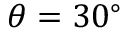
\theta = 3 0 ^ { \circ }